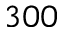
3 0 0